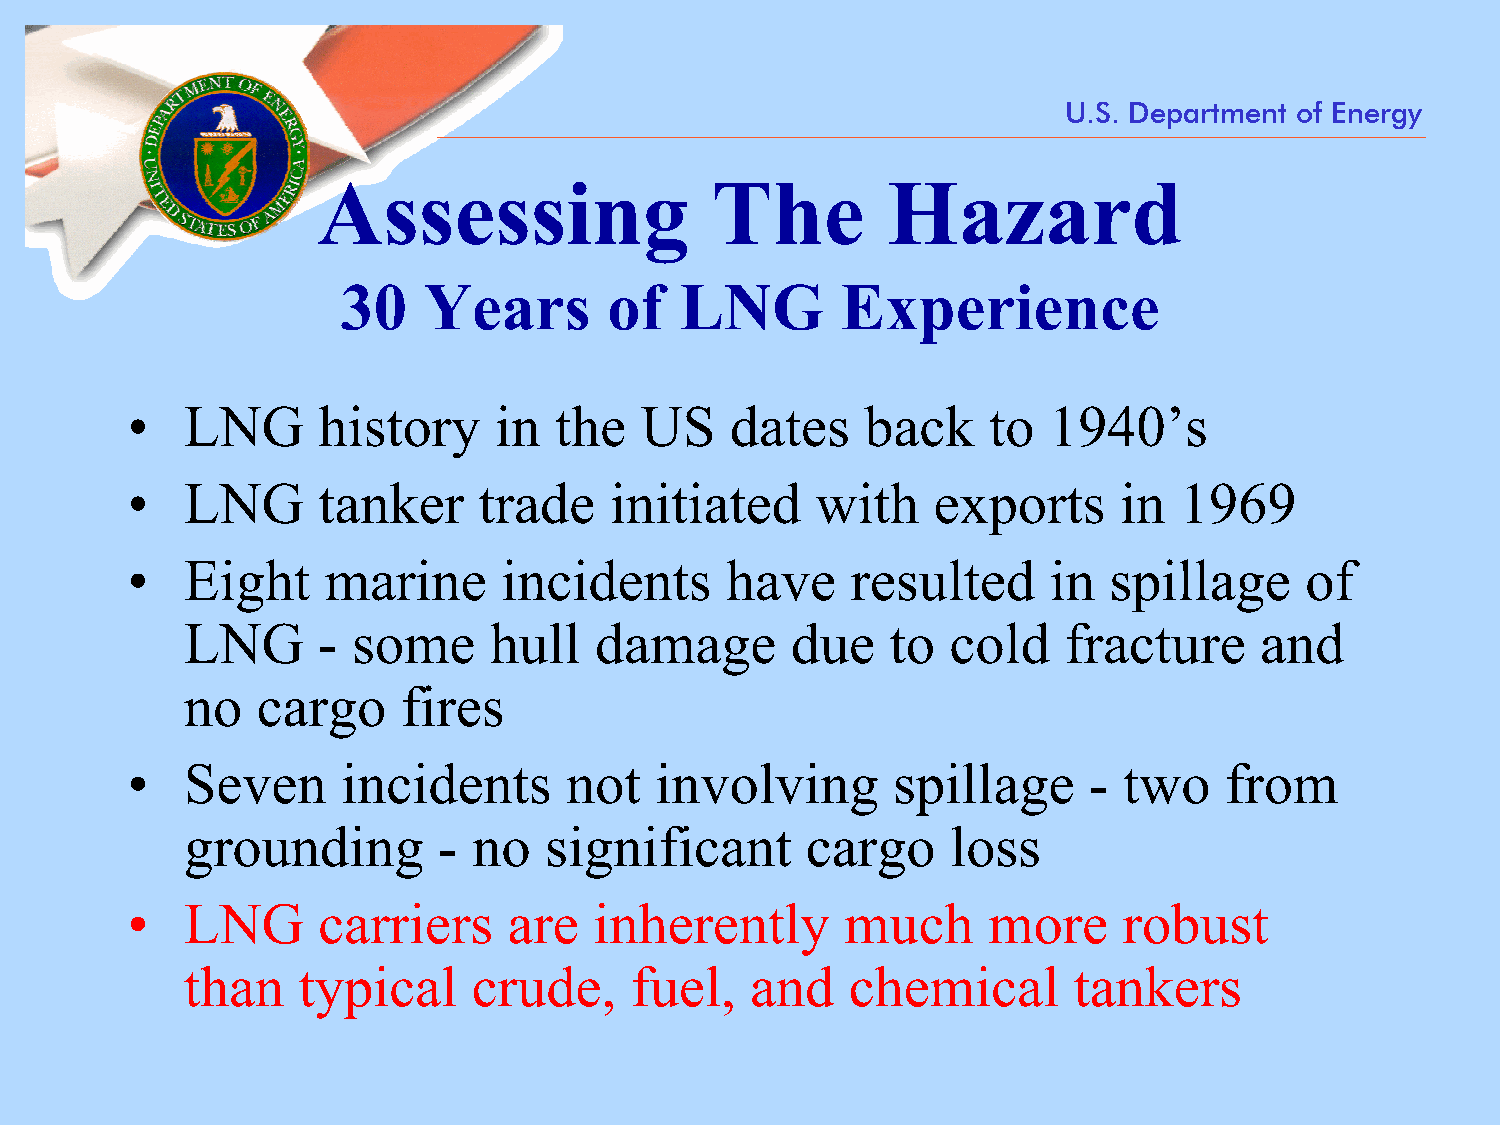
U.S. Department of Energy
 Assessing                 The         Hazard
 30   Years       of   LNG        Experience
 •   LNG      history     in  the  US    dates    back    to  1940’s
 •   LNG      tanker     trade   initiated     with    exports     in  1969
 •   Eight    marine      incidents      have    resulted     in  spillage     of
 LNG      - some     hull   damage       due    to  cold   fracture     and
 no   cargo     fires
 •   Seven      incidents     not   involving       spillage     - two    from
 grounding        - no   significant      cargo     loss
 •   LNG      carriers     are  inherently       much     more     robust
 than    typical    crude,     fuel,   and   chemical       tankers